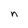
Character: n